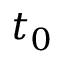
t _ { 0 }